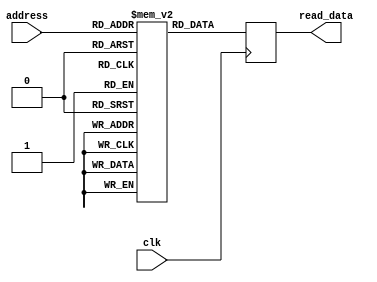
`timescale 1ns / 1ps
//////////////////////////////////////////////////////////////////////////////////
// Company: 
// Engineer: 
// 
// Design Name: 
// Module Name:    Memory 
// Project Name: 
// Target Devices: 
// Tool versions: 
// Description: 
//
// Dependencies: 
//
// Revision: 
// Revision 0.01 - File Created
// Additional Comments: 
//
//////////////////////////////////////////////////////////////////////////////////
module Memory(input clk, input [2:0] address, output reg [7:0] read_data
    );
	 
reg [7:0] memory [6:0];
	 
initial
 begin
	memory [0]=8'b00000001;
	memory [1]=8'b00001010;
	memory [2]=8'b00110010;
	memory [3]=8'b01100100;
	memory [4]=8'b00110010;
	memory [5]=8'b00001010;
	memory [6]=8'b00000001;
 end
 

 
 always@(posedge clk)
begin
	read_data=memory [address];
end


endmodule